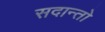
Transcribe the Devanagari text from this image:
सदान्तो